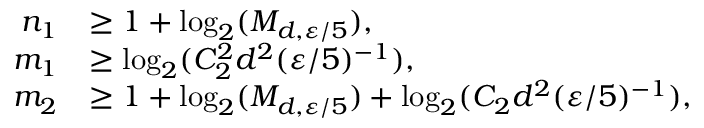
\begin{array} { r l } { n _ { 1 } } & { \geq 1 + \log _ { 2 } ( M _ { d , { \varepsilon } / 5 } ) , } \\ { m _ { 1 } } & { \geq \log _ { 2 } ( C _ { 2 } ^ { 2 } d ^ { 2 } ( { \varepsilon } / 5 ) ^ { - 1 } ) , } \\ { m _ { 2 } } & { \geq 1 + \log _ { 2 } ( M _ { d , { \varepsilon } / 5 } ) + \log _ { 2 } ( C _ { 2 } d ^ { 2 } ( { \varepsilon } / 5 ) ^ { - 1 } ) , } \end{array}